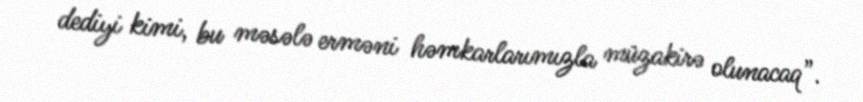
dediyi kimi, bu məsələ erməni həmkarlarımızla müzakirə olunacaq”.